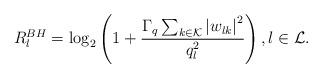
LaTeX: \begin{align*}R_{l}^{BH} = \log_2 \left( 1 + \frac{\Gamma_q \sum_{k \in \mathcal{K}} \left\vert w_{lk} \right\vert^{2}}{q_l^2} \right), l \in \mathcal{L}. \end{align*}